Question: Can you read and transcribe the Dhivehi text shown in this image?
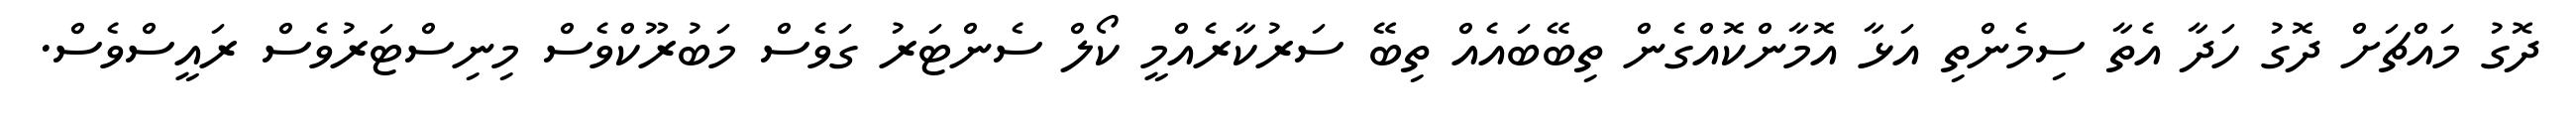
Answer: ދޮގު މައްޗަށް ދޮގު ހަދާ އެތާ ސިމެންތި އަޅާ އޮމާންކޮއްގެން ތިބޭބައެއް ތިބޭ ސަރުކާރެއްމީ ކޯލް ސެންޓަރު ގަވެސް މަބުރޫކްވެސް މިނިސްޓަރުވެސް ރައީސްވެސް.